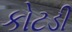
કોટડી